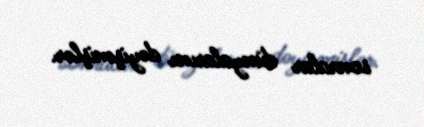
sonralar dünyalarını dəyişmişlər.